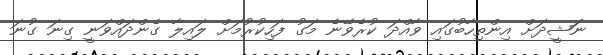
ނަަޝީދަށް އިންތިހާބުގައި ވާއްދަ ކުރެވޭނެ މަގު ފަހިކުރުމަށް ލައިލާ ގެންދައްވަނީ ގިނަ ގުނަ